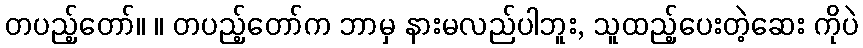
တပည့်တော်။ ။ တပည့်တော်က ဘာမှ နားမလည်ပါဘူး, သူထည့်ပေးတဲ့ဆေး ကိုပဲ